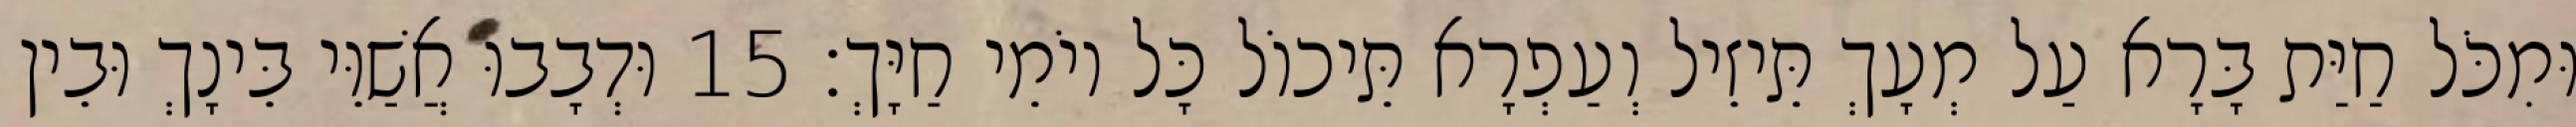
וּמִכֹּל חַיַּת בָּרָא עַל מְעָךְ תֵּיזֵיל וְעַפְרָא תֵּיכוֹל כָּל יוֹמֵי חַיָּךְ׃ 15 וּדְבָבוּ אֲשַׁוֵּי בֵּינָךְ וּבֵין